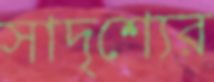
সাদৃশ্যের